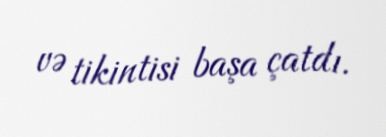
və tikintisi başa çatdı.